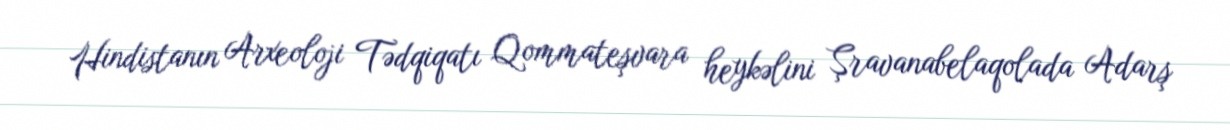
Hindistanın Arxeoloji Tədqiqatı Qommateşvara heykəlini Şravanabelaqolada Adarş